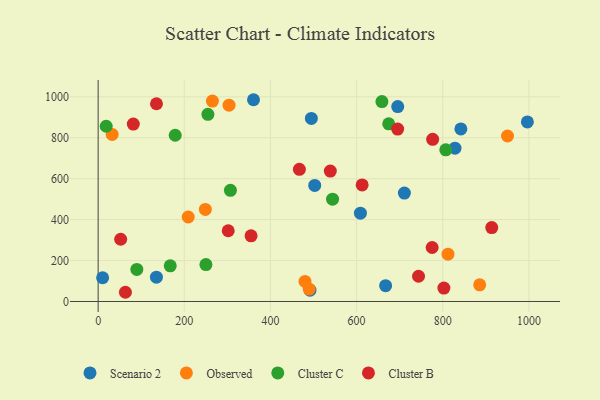
{"axis": {"x": "Distance", "y": "Sales"}, "legend": ["Cluster B", "Cluster C", "Observed", "Scenario 2"], "data": [{"x": "828.4", "y": 748.9, "type": "Scenario 2"}, {"x": "608.9", "y": 431.2, "type": "Scenario 2"}, {"x": "695.5", "y": 952.0, "type": "Scenario 2"}, {"x": "495.0", "y": 894.5, "type": "Scenario 2"}, {"x": "10.4", "y": 115.9, "type": "Scenario 2"}, {"x": "996.5", "y": 877.0, "type": "Scenario 2"}, {"x": "360.7", "y": 985.7, "type": "Scenario 2"}, {"x": "711.0", "y": 529.7, "type": "Scenario 2"}, {"x": "667.4", "y": 77.4, "type": "Scenario 2"}, {"x": "502.8", "y": 567.1, "type": "Scenario 2"}, {"x": "135.3", "y": 118.6, "type": "Scenario 2"}, {"x": "842.1", "y": 842.8, "type": "Scenario 2"}, {"x": "491.8", "y": 55.5, "type": "Scenario 2"}, {"x": "265.3", "y": 978.9, "type": "Observed"}, {"x": "32.5", "y": 816.2, "type": "Observed"}, {"x": "248.9", "y": 449.6, "type": "Observed"}, {"x": "950.4", "y": 808.5, "type": "Observed"}, {"x": "885.8", "y": 81.6, "type": "Observed"}, {"x": "489.9", "y": 60.6, "type": "Observed"}, {"x": "812.2", "y": 231.2, "type": "Observed"}, {"x": "209.1", "y": 412.8, "type": "Observed"}, {"x": "303.9", "y": 959.0, "type": "Observed"}, {"x": "480.2", "y": 97.8, "type": "Observed"}, {"x": "807.1", "y": 740.7, "type": "Cluster C"}, {"x": "18.7", "y": 856.0, "type": "Cluster C"}, {"x": "307.1", "y": 543.3, "type": "Cluster C"}, {"x": "167.4", "y": 174.2, "type": "Cluster C"}, {"x": "544.2", "y": 500.0, "type": "Cluster C"}, {"x": "254.8", "y": 914.4, "type": "Cluster C"}, {"x": "674.6", "y": 868.0, "type": "Cluster C"}, {"x": "178.9", "y": 812.1, "type": "Cluster C"}, {"x": "89.8", "y": 156.4, "type": "Cluster C"}, {"x": "658.8", "y": 976.9, "type": "Cluster C"}, {"x": "250.2", "y": 180.3, "type": "Cluster C"}, {"x": "467.2", "y": 645.5, "type": "Cluster B"}, {"x": "81.6", "y": 866.6, "type": "Cluster B"}, {"x": "539.0", "y": 637.2, "type": "Cluster B"}, {"x": "52.3", "y": 304.1, "type": "Cluster B"}, {"x": "695.3", "y": 842.2, "type": "Cluster B"}, {"x": "776.6", "y": 792.1, "type": "Cluster B"}, {"x": "775.4", "y": 263.7, "type": "Cluster B"}, {"x": "355.0", "y": 320.7, "type": "Cluster B"}, {"x": "135.4", "y": 966.1, "type": "Cluster B"}, {"x": "612.9", "y": 569.5, "type": "Cluster B"}, {"x": "743.8", "y": 123.2, "type": "Cluster B"}, {"x": "63.3", "y": 45.0, "type": "Cluster B"}, {"x": "802.7", "y": 65.7, "type": "Cluster B"}, {"x": "302.0", "y": 345.5, "type": "Cluster B"}, {"x": "913.8", "y": 361.2, "type": "Cluster B"}]}